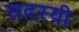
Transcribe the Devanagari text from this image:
सदस्यी